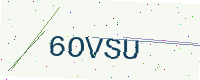
Text: 6OVSU